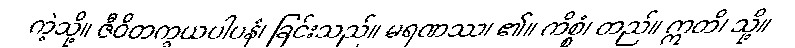
ကဲ့သို့။ ဇီဝိတက္ခယပါပနံ၊ ခြင်းသည်။ မရဏဿ၊ ၏။ ကိစ္စံ၊ တည်။ ဣတိ၊ သို့။